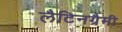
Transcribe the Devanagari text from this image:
लैटिनग्रैमी